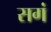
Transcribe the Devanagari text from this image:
सगं